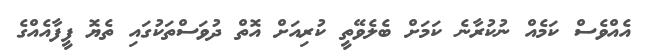
އެއްވެސް ކަމެއް ނުކުރާނެ ކަމަށް ބެލެވޭތީ ކުރިއަށް އޮތް ދުވަސްތަކުގައި ތެޔޮ ފީފާއެއްގެ